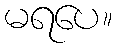
မရပေ။